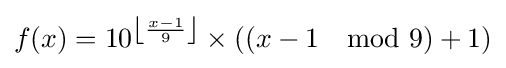
f(x)=10^{\left\lfloor {\frac {x-1}{9}}\right\rfloor }\times ((x-1\mod 9)+1)